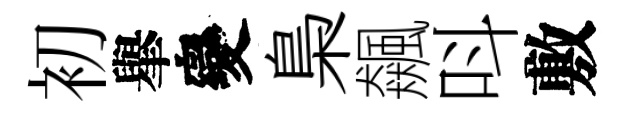
初𦦙變梟飆呌敷